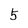
Character: 5